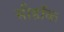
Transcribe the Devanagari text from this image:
सीहॉक